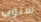
سنوب